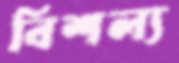
বিশল্য